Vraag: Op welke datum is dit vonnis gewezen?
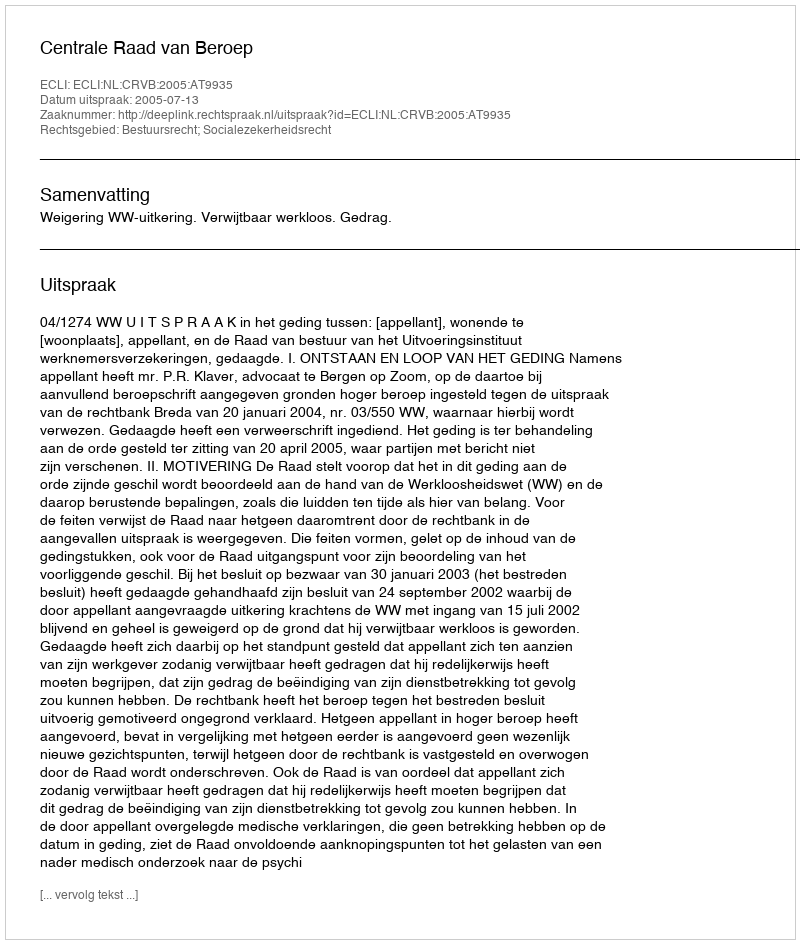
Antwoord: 2005-07-13